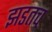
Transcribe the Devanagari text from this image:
झडतच